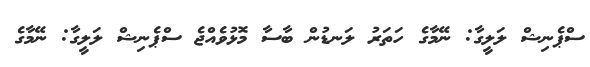
ސްޕެނިޝް ލަލީގާ: ނޭމާގެ ހަތަރު ލަނޑުން ބާސާ މޮޅުވެއްޖެ ސްޕެނިޝް ލަލީގާ: ނޭމާގެ